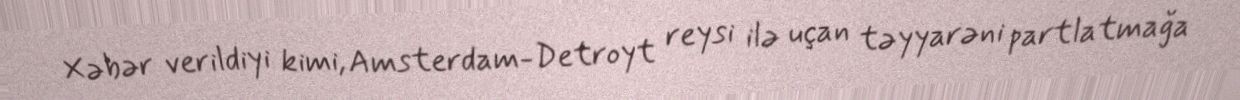
Xəbər verildiyi kimi, Amsterdam-Detroyt reysi ilə uçan təyyarəni partlatmağa